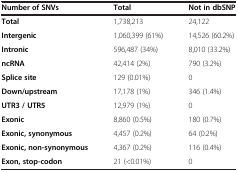
<table><thead><tr><td><b>Number of SNVs</b></td><td><b>Total</b></td><td><b>Not in dbSNP</b></td></tr></thead><tbody><tr><td><b>Total</b></td><td>1,738,213</td><td>24,122</td></tr><tr><td><b>Intergenic</b></td><td>1,060,399 (61%)</td><td>14,526 (60.2%)</td></tr><tr><td><b>Intronic</b></td><td>596,487 (34%)</td><td>8,010 (33.2%)</td></tr><tr><td><b>ncRNA</b></td><td>42,414 (2%)</td><td>790 (3.2%)</td></tr><tr><td><b>Splice site</b></td><td>129 (0.01%)</td><td>0</td></tr><tr><td><b>Down/upstream</b></td><td>17,178 (1%)</td><td>346 (1.4%)</td></tr><tr><td><b>UTR3 / UTR5</b></td><td>12,979 (1%)</td><td>0</td></tr><tr><td><b>Exonic</b></td><td>8,860 (0.5%)</td><td>180 (0.7%)</td></tr><tr><td><b>Exonic, synonymous</b></td><td>4,457 (0.2%)</td><td>64 (0.2%)</td></tr><tr><td><b>Exonic, non-synonymous</b></td><td>4,367 (0.2%)</td><td>116 (0.4%)</td></tr><tr><td><b>Exon, stop-codon</b></td><td>21 (&lt;0.01%)</td><td>0</td></tr></tbody></table>